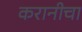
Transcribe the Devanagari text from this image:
करानीचा